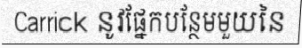
Carrick នូវផ្នែកបន្ថែមមួយនៃ